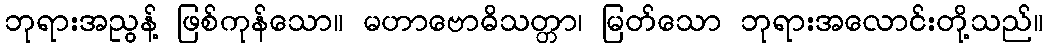
ဘုရားအညွန့် ဖြစ်ကုန်သော။ မဟာဗောဓိသတ္တာ၊ မြတ်သော ဘုရားအလောင်းတို့သည်။